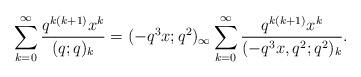
LaTeX: \begin{align*}\sum_{k=0}^\infty \frac {q^{k(k+1)}x^k}{(q;q)_k}=(-q^3x;q^2)_\infty\sum_{k=0}^\infty\frac{q^{k(k+1)}x^k}{(-q^{3}x,q^2;q^2)_k}.\end{align*}